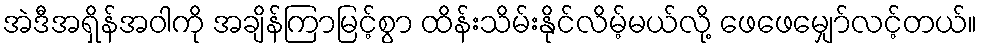
အဲဒီအရှိန်အဝါကို အချိန်ကြာမြင့်စွာ ထိန်းသိမ်းနိုင်လိမ့်မယ်လို့ ဖေဖေမျှော်လင့်တယ်။